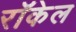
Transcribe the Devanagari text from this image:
राॅकेल